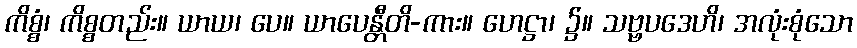
ကိစ္စံ၊ ကိစ္စတည်း။ ယာယ၊ ပေ။ ယာပေန္တီတိ-ကား။ ဟေဋ္ဌာ၊ ၌။ သဗ္ဗပဒေဟိ၊ အလုံးစုံသော